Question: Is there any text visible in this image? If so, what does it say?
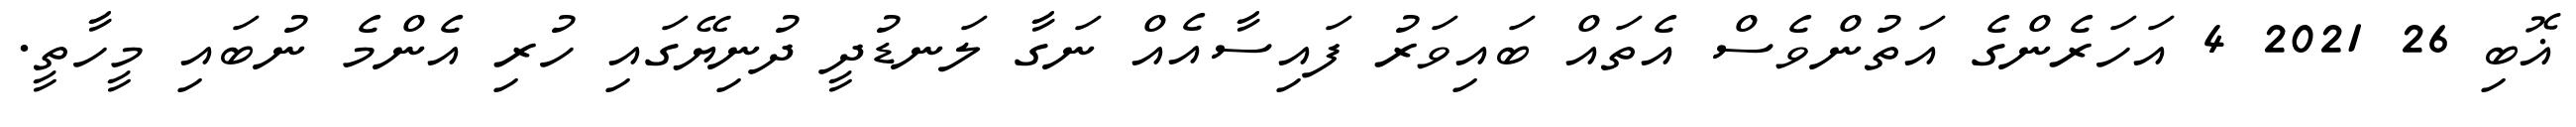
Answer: ޣޮބި 26 2021 4 އަހަރެންގެ އަތުންވެސް އެތައް ބައިވަރު ފައިސާއެއް ނަގާ ލަނޑުދީ ދުނިޔޭގައި ހުރި އެންމެ ނުބައި މީހާތީ.